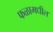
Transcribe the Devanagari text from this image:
फळामधील